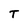
Character: T